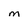
Character: M